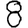
Digit: 8